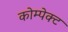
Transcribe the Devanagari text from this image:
कोम्पेक्ट